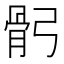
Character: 𩨙